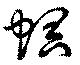
螟